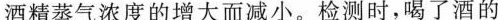
酒精蒸气浓度的增大而减小。检测时，喝了酒的